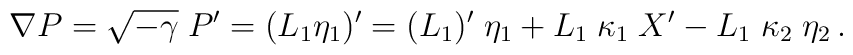
\nabla P = \sqrt{-\gamma} \; P{}' = ( L_1 \eta_1 ){}' = ( L_1 )' \; \eta_1 + L_1 \; \kappa_1 \;  X'   -L_1 \; \kappa_2 \; \eta_2  \,.